Tezpur Lunatic Asylum reports 1877-1894 - 1877-1894
Year: 1877
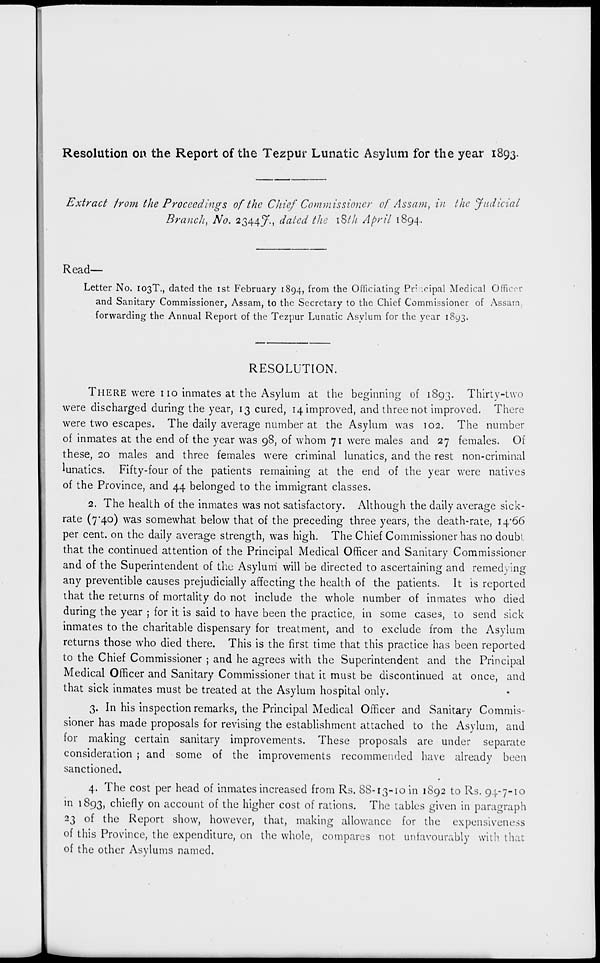
Resolution on the Report of the Tezpur Lunatic Asylum for the year 1893.
Extract from the Proceedings of the Chief Commissioner of Assam, in the Judicial
Branch, No. 2344^., dated the iSth April 1894.
Read—
Letter No. 103T., dated the 1st February 1894, from the Officiating Pr ; xipal Medical Officer
and Sanitary Commissioner, Assam, to the Secretary to the Chief Commissioner of Assam,
forwarding the Annual Report of the Tezpur Lunatic Asylum for the year 1893.
RESOLUTION.
THERE were no inmates at the Asylum at the beginning of 1893. Thirty-two
were discharged during the year, 13 cured, ^improved, and three not improved. There
were two escapes. The daily average number at the Asylum was 102. The number
of inmates at the end of the year was 98, of whom 71 were males and 27 females. Of
these, 20 males and three females were criminal lunatics, and the rest non-criminal
lunatics. Fifty-four of the patients remaining at the end of the year were natives
of the Province, and 44 belonged to the immigrant classes.
2. The health of the inmates was not satisfactory. Although the daily average sick-
rate (7*40) was somewhat below that of the preceding three years, the death-rate, 14*66
per cent, on the daily average strength, was high. The Chief Commissioner has no doubt,
that the continued attention of the Principal Medical Officer and Sanitary Commissioner
and of the Superintendent of the Asylum will be directed to ascertaining and remedying
any preventible causes prejudicially affecting the health of the patients. It is reported
that the returns of mortality do not include the whole number of inmates who died
during the year ; for it is said to have been the practice, in some cases, to send sick
inmates to the charitable dispensary for treatment, and to exclude from the Asylum
returns those who died there. This is the first time that this practice has been reported
to the Chief Commissioner ; and he agrees with the Superintendent and the Principal
Medical Officer and Sanitary Commissioner that it must be discontinued at once, and
that sick inmates must be treated at the Asylum hospital only.
3. In his inspection remarks, the Principal Medical Officer and Sanitary Commis-
sioner has made proposals for revising the establishment attached to the Asylum, and
for making certain sanitary improvements. These proposals are under separate
consideration ; and some of the improvements recommended have already been
sanctioned.
4. The cost per head of inmates increased from Rs. 88-13-10 in 1892 to Rs. 94-7-10
in 1893, chiefly on account of the higher cost of rations. The tables given in paragraph
23 of the Report show, however, that, making allowance for the expensiveness
of this Province, the expenditure, on the whole, compares not unfavourably with that
of the other Asylums named.